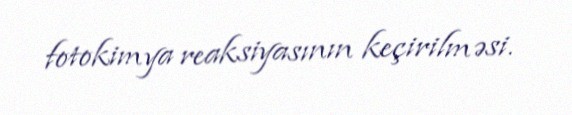
fotokimya reaksiyasının keçirilməsi.